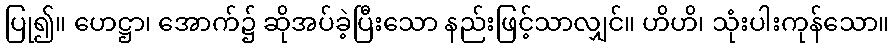
ပြု၍။ ဟေဋ္ဌာ၊ အောက်၌ ဆိုအပ်ခဲ့ပြီးသော နည်းဖြင့်သာလျှင်။ ဟိဟိ၊ သုံးပါးကုန်သော။